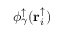
\phi _ { \gamma } ^ { \uparrow } ( \mathbf { r } _ { i } ^ { \uparrow } )